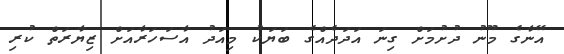
އޭނާގެ މޫނު ދުށުމަށް ގިނަ އަދަދެއްގެ ބަޔަކު މިއަދު އާސަހަރާއަށް ޒިޔާރަތް ކުރި